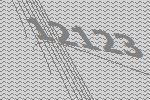
12123